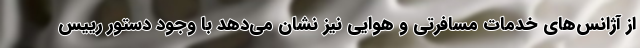
از آژانس‌های خدمات مسافرتی و هوایی نیز نشان می‌دهد با وجود دستور رییس